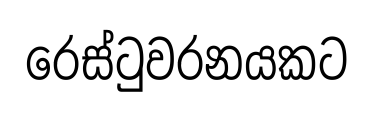
රෙස්ටුවරනයකට